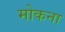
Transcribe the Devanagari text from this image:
मोकना